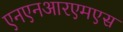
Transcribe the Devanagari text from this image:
एनएनआरएमएस